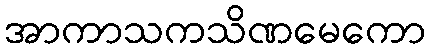
အာကာသကသိဏမေကော